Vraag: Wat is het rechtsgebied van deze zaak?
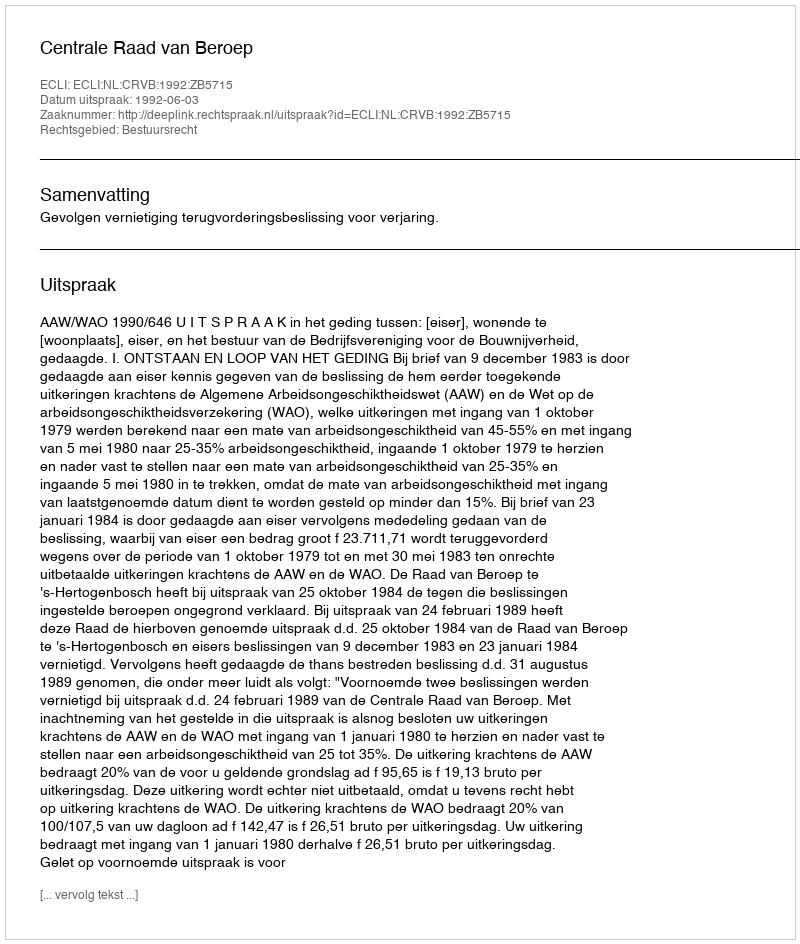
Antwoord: Bestuursrecht